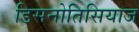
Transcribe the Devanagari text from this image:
डिसनोतिसियाज